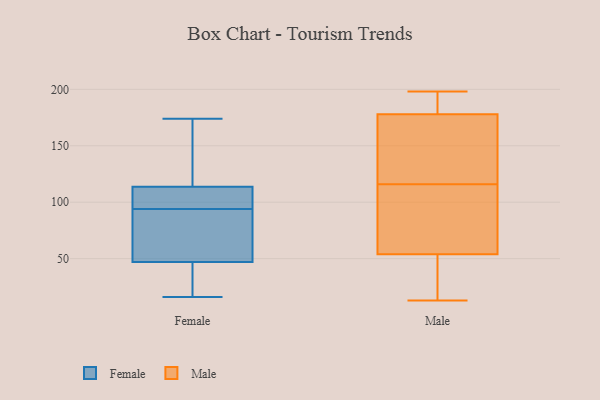
{"axis": {"x": "Backlog", "y": "Value"}, "legend": ["Female", "Male"], "data": [{"x": "", "y": 94, "type": "Female"}, {"x": "", "y": 62, "type": "Female"}, {"x": "", "y": 131, "type": "Female"}, {"x": "", "y": 140, "type": "Female"}, {"x": "", "y": 44, "type": "Female"}, {"x": "", "y": 69, "type": "Female"}, {"x": "", "y": 110, "type": "Female"}, {"x": "", "y": 84, "type": "Female"}, {"x": "", "y": 20, "type": "Female"}, {"x": "", "y": 56, "type": "Female"}, {"x": "", "y": 16, "type": "Female"}, {"x": "", "y": 161, "type": "Female"}, {"x": "", "y": 174, "type": "Female"}, {"x": "", "y": 113, "type": "Female"}, {"x": "", "y": 106, "type": "Female"}, {"x": "", "y": 114, "type": "Female"}, {"x": "", "y": 20, "type": "Female"}, {"x": "", "y": 35, "type": "Female"}, {"x": "", "y": 103, "type": "Female"}, {"x": "", "y": 168, "type": "Male"}, {"x": "", "y": 13, "type": "Male"}, {"x": "", "y": 123, "type": "Male"}, {"x": "", "y": 74, "type": "Male"}, {"x": "", "y": 109, "type": "Male"}, {"x": "", "y": 178, "type": "Male"}, {"x": "", "y": 54, "type": "Male"}, {"x": "", "y": 183, "type": "Male"}, {"x": "", "y": 44, "type": "Male"}, {"x": "", "y": 198, "type": "Male"}]}